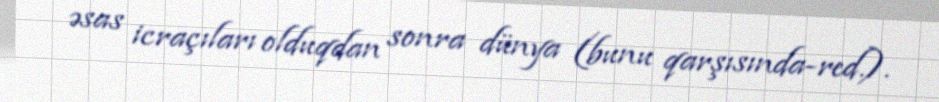
əsas icraçıları olduqdan sonra dünya (bunu qarşısında-red.).